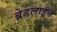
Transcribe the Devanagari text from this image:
ब्रेडलाइन